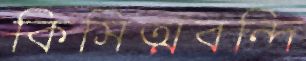
কিসিত্মবন্দি